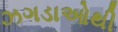
ઝગડાઓથી